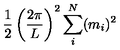
{ \frac { 1 } { 2 } } \left( { \frac { 2 \pi } { L } } \right) ^ { 2 } \sum _ { i } ^ { N } ( m _ { i } ) ^ { 2 }